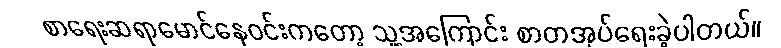
စာရေးဆရာမောင်နေဝင်းကတော့ သူ့အကြောင်း စာတအုပ်ရေးခဲ့ပါတယ်။